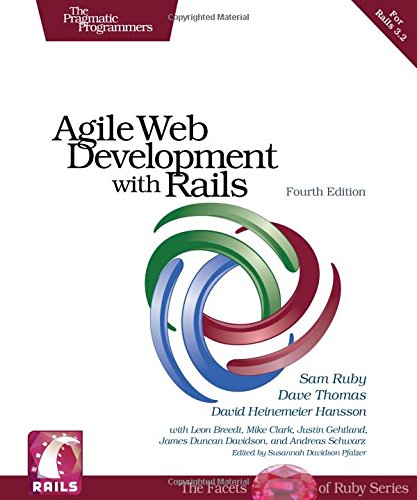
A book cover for Agile Web Development with Rails 3.2 (Pragmatic Programmers); Sam Ruby; Computers & Technology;